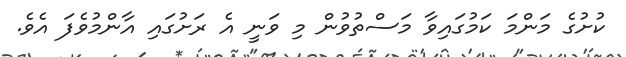
ކުށުގެ މަންމަ ކަމުގައިވާ މަސްތުވުން މި ވަނީ އެ ރަށުގައި އާންމުވެފަ އެވެ.